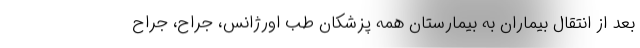
بعد از انتقال بیماران به بیمارستان همه پزشکان طب اورژانس، جراح، جراح